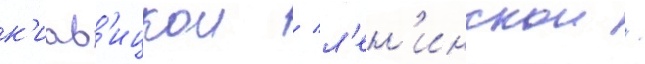
к'иав'ицкои / л'ен'инскои /